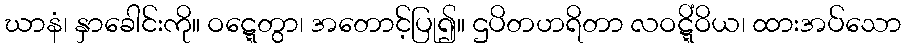
ဃာနံ၊ နှာခေါင်းကို။ ဝဋ္ဋေတွာ၊ အတောင့်ပြု၍။ ဌပိတဟရိတာ လဝဋ္ဋိံဝိယ၊ ထားအပ်သော